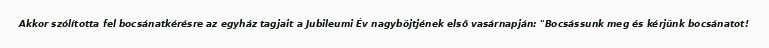
Akkor szólította fel bocsánatkérésre az egyház tagjait a Jubileumi Év nagyböjtjének első vasárnapján: "Bocsássunk meg és kérjünk bocsánatot!